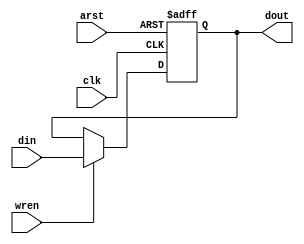
/*--  *******************************************************
--  Computer Architecture Course, Laboratory Sources 
--  Amirkabir University of Technology (Tehran Polytechnic)
--  Department of Computer Engineering (CE-AUT)
--  https://ce[dot]aut[dot]ac[dot]ir
--  *******************************************************
--  All Rights reserved (C) 2019-2020
--  *******************************************************
--  Student ID  : 9831023
--  Student Name: Negin Kheirmand
--  Student Mail: neginkheirmand@aut.ac.ir
--  *******************************************************
--  Additional Comments:
--	 	in contribution to Arvand Darvish
--*/

/*-----------------------------------------------------------
---  Module Name: Memory Unit
---  Description: Module6:	a simple memmory unit
-----------------------------------------------------------*/
`timescale 1 ns/1 ns

module MemoryUnit (
	input         arst , // async  reset
	input         clk  , // clock  posedge
	input         wren , // write  enabledata
	input  [34:0] din  , // input  data
	output reg [34:0] dout   // output data
);
	always @(posedge clk or posedge arst)  
    begin  
      if (arst)  
        dout = 35'b00000000000000000000000000000000000;  
      else  
        if (wren)  
          dout = din;  
    end 

endmodule